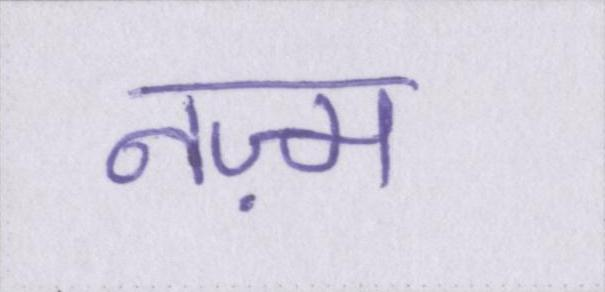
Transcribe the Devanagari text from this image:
नज़्म